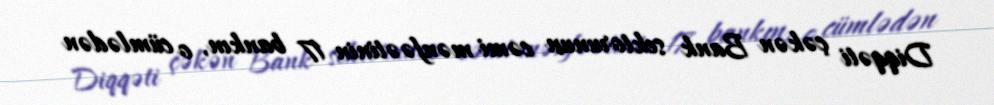
Diqqəti çəkən Bank sektorunun cəmi mənfəətinin 17 bankın, o cümlədən